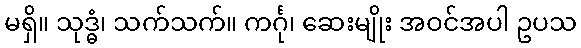
မရှိ။ သုဒ္ဓံ၊ သက်သက်။ ကင်္ဂု၊ ဆေးမျိုး အဝင်အပါ ဥပသ